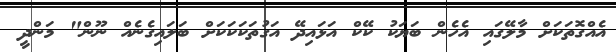
އެއްގޮތަކަށް މާލޭގައި އެހެން ބަޔަކު ކޭކް އަޅައިދޭ އަގުތަކަކަކަށް ބަލައިގެނެއް ނޫން" މަންދީ